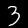
Label: 3